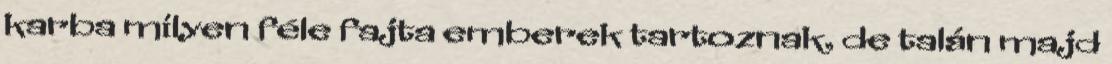
karba milyen féle fajta emberek tartoznak, de talán majd